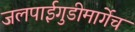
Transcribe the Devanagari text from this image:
जलपाईगुडीमार्गेच